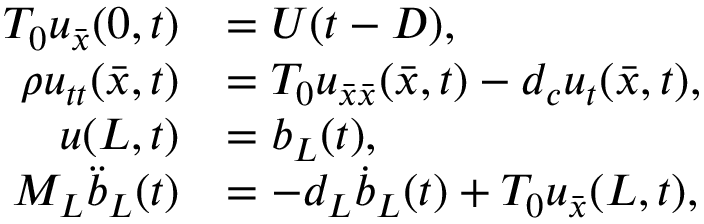
\begin{array} { r l } { T _ { 0 } u _ { \bar { x } } ( 0 , t ) } & { = U ( t - D ) , } \\ { \rho u _ { t t } ( \bar { x } , t ) } & { = T _ { 0 } u _ { \bar { x } \bar { x } } ( \bar { x } , t ) - d _ { c } { u _ { t } } ( \bar { x } , t ) , } \\ { u ( L , t ) } & { = b _ { L } ( t ) , } \\ { M _ { L } \ddot { b } _ { L } ( t ) } & { = - d _ { L } \dot { b } _ { L } ( t ) + T _ { 0 } u _ { \bar { x } } ( L , t ) , } \end{array}